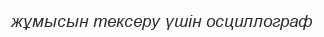
жұмысын тексеру үшін осциллограф